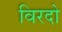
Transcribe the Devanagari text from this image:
विरदो